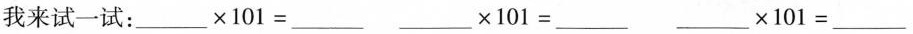
我来试一试：$$___×101=___$$ $$___×101=___$$ $$___×101=___$$